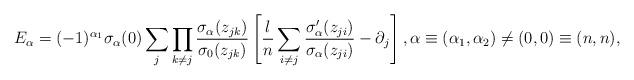
LaTeX: \begin{align*}E_{\alpha} = (-1)^{\alpha_1}\sigma_{\alpha}(0)\sum_j\prod_{k \neq j}\frac{\sigma_{\alpha}(z_{jk})}{\sigma_0(z_{jk})}\left [ \frac{l}{n}\sum_{i \neq j}\frac{\sigma_{\alpha}^\prime(z_{ji})}{\sigma_{\alpha}(z_{ji})} - \partial_j \right ],\alpha \equiv (\alpha_1, \alpha_2) \neq (0, 0) \equiv (n, n),\end{align*}